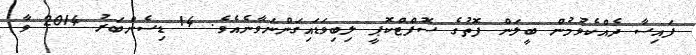
ފައިސާ ދެއްކެވުމުން ބީލަން ފޮތުގެ ސޮފްޓްކޮޕީ ލިބިވަޑައިގަންނަވާނެއެވެ. 14 ޑިސެންބަރު 2014 ވާ